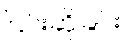
ငြင်းဆိုခြင်း